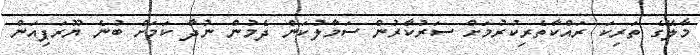
މާލޭގެ ތަރިކަ ރައްކާތެރިކުރުމަށް ސަރުކާރުން ސަމާލުކަން ދެމުން ނުދާ ކަމަށް ބުނެ ޔޫރަޕިއަން